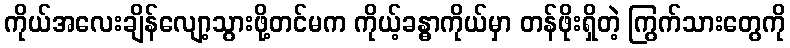
ကိုယ်အလေးချိန်လျော့သွားဖို့တင်မက ကိုယ့်ခန္ဓာကိုယ်မှာ တန်ဖိုးရှိတဲ့ ကြွက်သားတွေကို